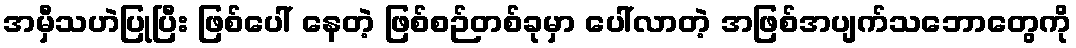
အမှီသဟဲပြုပြီး ဖြစ်ပေါ် နေတဲ့ ဖြစ်စဉ်တစ်ခုမှာ ပေါ်လာတဲ့ အဖြစ်အပျက်သဘောတွေကို